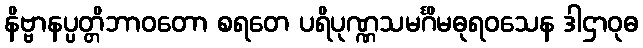
နိဗ္ဗာနပ္ပတ္တိဘာဝတော စရတေ ပရိပုဏ္ဏသမင်္ဂိမဓုရဝသေန ဒါဌာဝုဓ